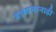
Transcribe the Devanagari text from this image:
माध्यमानाही